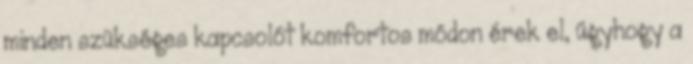
minden szükséges kapcsolót komfortos módon érek el, úgyhogy a